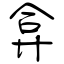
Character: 弇